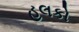
હલકો